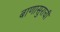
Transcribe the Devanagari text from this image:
बाणासुराची